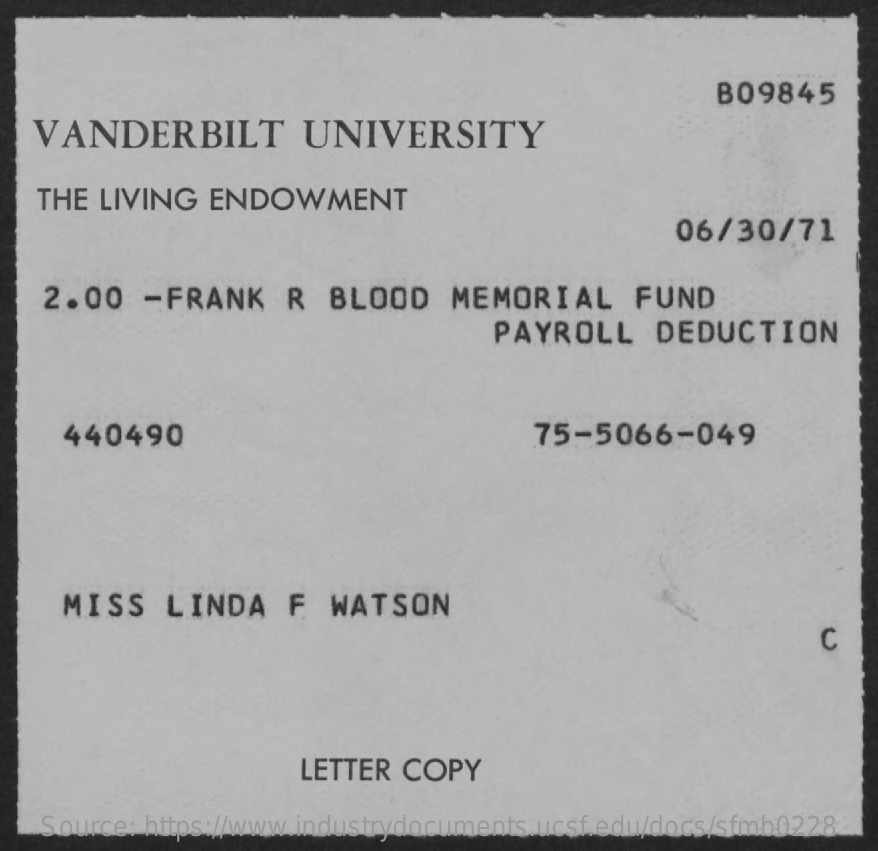
B09845
   VANDERBILT    UNIVERSITY
   THE LIVING   ENDOWMENT
     06/30/71
   2.00    -FRANK    R  BLOOD    MEMORIAL    FUND
     PAYROLL    DEDUCTION
     440490    75-5066-049
     MISS   LINDA    F. WATSON
     C
     LETTER COPY
    Source: https://www.industrydocuments.ucsf.edu/docs/sfmb0228